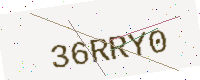
Text: 36RRY0